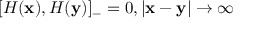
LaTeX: [ { \cal H } ( { \bf x } ) , { \cal H } ( { \bf y } ) ] _ { - } = 0 , | { \bf x } - { \bf y } | \rightarrow \infty